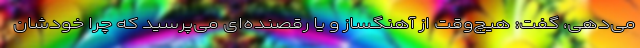
می‌دهی، گفت: هیچ‌وقت از آهنگساز و یا رقصنده‌ای می‌پرسید که چرا خودشان